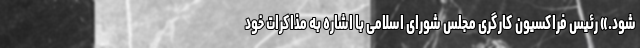
شود.» رئیس فراکسیون کارگری مجلس شورای اسلامی با اشاره به مذاکرات خود